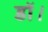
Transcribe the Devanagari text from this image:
डाॅ।